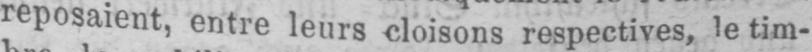
reposaient, entre leurs cloisons respectives, le tim-